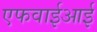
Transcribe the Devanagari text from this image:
एफवाईआई